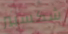
شكسبير